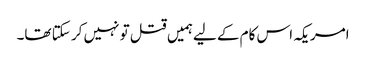
امریکہ اس کام کے لیےہمیں قتل تو نہیں کر سکتا تھا۔